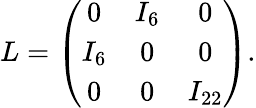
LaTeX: L=\left(\begin{array}{ccc}{{0}}&{{I_{6}}}&{{0}}\\ {{I_{6}}}&{{0}}&{{0}}\\ {{0}}&{{0}}&{{I_{22}}}\end{array}\right).